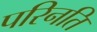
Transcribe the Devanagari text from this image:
परिनति